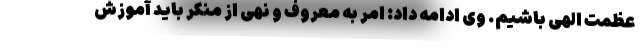
عظمت الهی باشیم. وی ادامه داد: امر به معروف و نهی از منکر باید آموزش